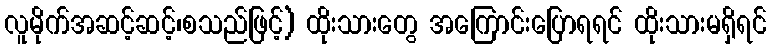
လူမိုက်အဆင့်ဆင့်၊စသည်ဖြင့်) ထိုးသားတွေ အကြောင်းပြောရရင် ထိုးသားမရှိရင်